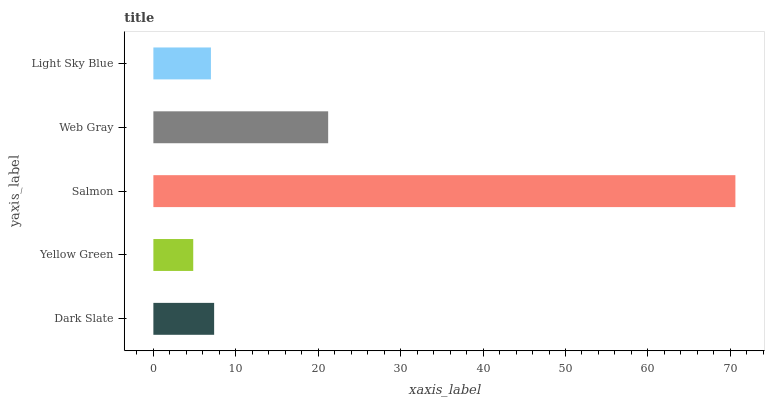
| yaxis_label | bars |
 | --- | --- |
 | Dark Slate | 7.37 |
 | Yellow Green | 4.84 |
 | Salmon | 70.6 |
 | Web Gray | 21.2 |
 | Light Sky Blue | 6.98 |